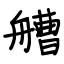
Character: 艚